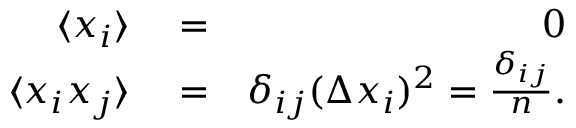
\begin{array} { r l r } { \langle x _ { i } \rangle } & { { } = } & { 0 } \\ { \langle x _ { i } x _ { j } \rangle } & { { } = } & { \delta _ { i j } ( \Delta x _ { i } ) ^ { 2 } = \frac { \delta _ { i j } } { n } . } \end{array}